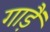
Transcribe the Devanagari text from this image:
गाड़ैं